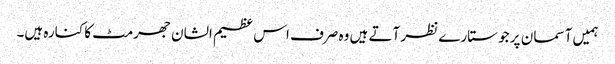
ہمیں آسما ن پر جو ستارے نظر آتے ہیں وہ صرف اس عظیم الشان جھرمٹ کا کنارہ ہیں۔